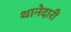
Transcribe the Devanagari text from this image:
थानेदारी